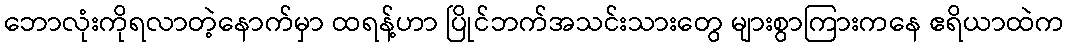
ဘောလုံးကိုရလာတဲ့နောက်မှာ ထရန့်ဟာ ပြိုင်ဘက်အသင်းသားတွေ များစွာကြားကနေ ဧရိယာထဲက